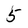
Character: 5